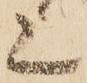
上